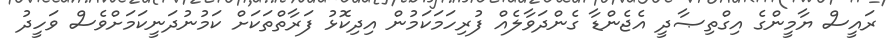
ރައީސް ޔާމީންގެ އިގްތިޞާދީ އެޖެންޑާ ގެންދަވާލެއް ފުރިހަމަކަމުން އިދިކޮޅު ފަރާތްތަކަށް ކަމުނުދަނީކަމަށްވެސް ވަހީދު